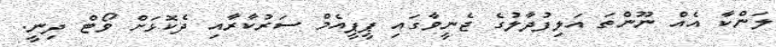
ލަންކާ އެއް ނޫންތަ އަލިފުދާލުގެ ޖެނީވާގައި ޕީޕީއެމް ސަރުކާރާއި ދެކޮޅަށް ވޯޓް ދިނީ.